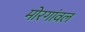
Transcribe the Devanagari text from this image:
मोरगांवल